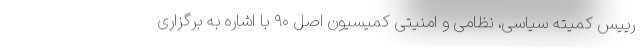
رییس کمیته سیاسی، نظامی و امنیتی کمیسیون اصل ۹۰ با اشاره به برگزاری